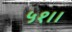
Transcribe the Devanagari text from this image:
५१।।